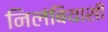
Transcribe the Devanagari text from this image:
निलंबियासी